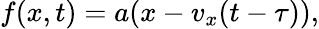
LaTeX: f(x,t)=a(x-v_{x}(t-\tau)),